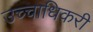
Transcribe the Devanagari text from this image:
उच्चाधिकरी